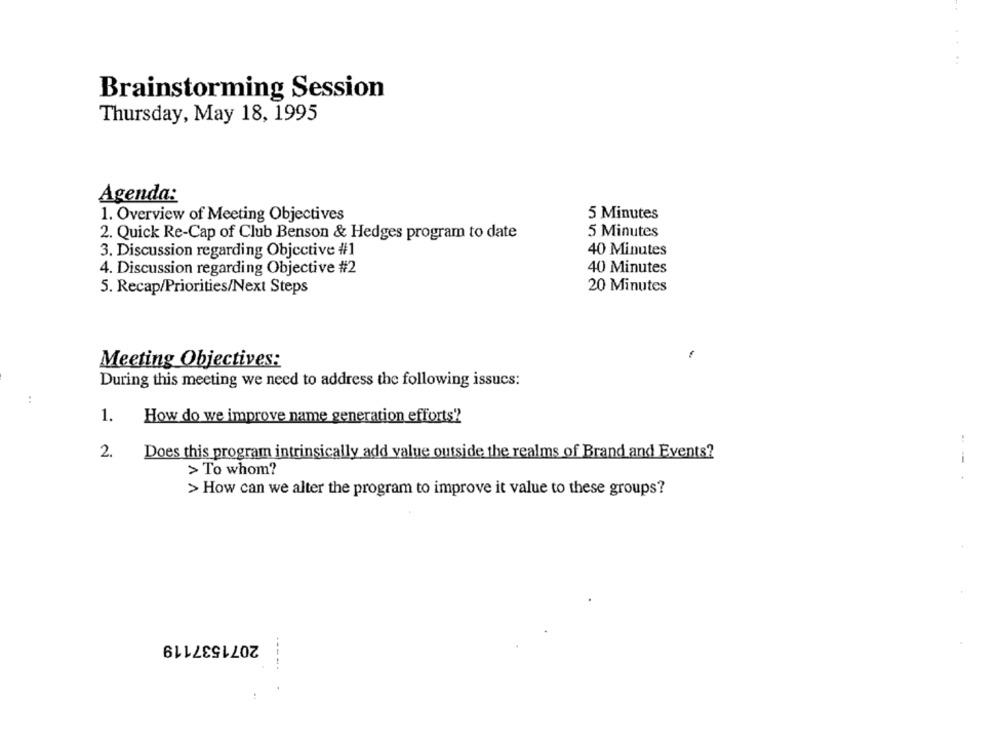
Brainstorming Session
Thursday, May 18, 1995
Agenda:
5 Minutes
1. Overview of Meeting Objectives
2. Quick Re-Cap of Club Benson & Hedges program to date
5 Minutes
3. Discussion regarding Objective #1
40 Minutes
4. Discussion regarding Objective #2
40 Minutes
5. Recap/Priorities/Next Steps
20 Minutes
Meeting Objectives:
During this meeting we need to address the following issucs:
:
1.
How do we improve name generation efforts?
2.
Does this program intrinsically add value outside the realms of Brand and Events?
> To whom?
- --
> How can we alter the program to improve it value to these groups?
2071537119
-----